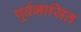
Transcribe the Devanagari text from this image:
पूर्वभासित